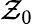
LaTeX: \mathcal{Z}_{0}